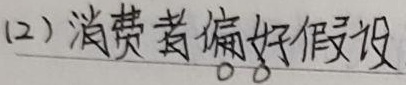
(2) 消费者偏好假设